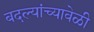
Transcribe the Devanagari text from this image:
बदल्यांच्यावेळी